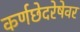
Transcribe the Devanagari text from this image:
कर्णछेदरेषेवर